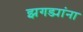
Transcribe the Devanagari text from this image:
झगड्यांना